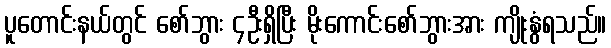
ပူတောင်းနယ်တွင် စော်ဘွား ၄ဦးရှိပြီး မိုးကောင်းစော်ဘွားအား ကျိုးနွံရသည်။